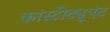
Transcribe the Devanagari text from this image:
कांस्टीट्यूएंट